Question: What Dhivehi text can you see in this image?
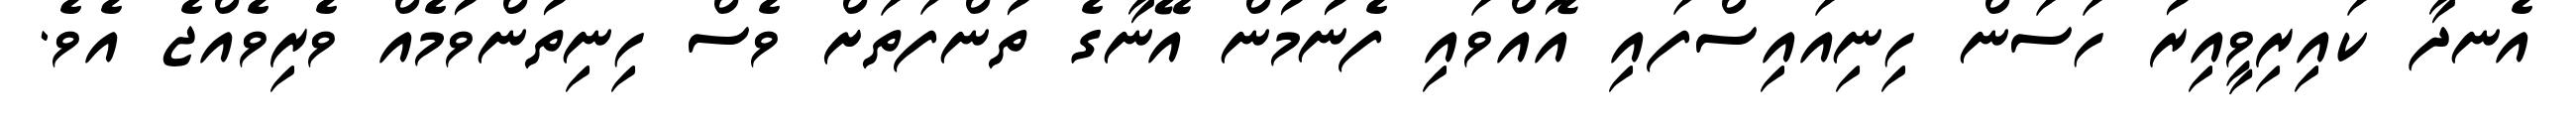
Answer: އެނދާ ކައިރިވީއިރު ހަސަން ހިނިއައިސްފައި އޮއްވައި ފެނުމުން އޭނާގެ ތުންފަތަށް ވެސް ހިނިތުންވުމެއް ވެރިވެއްޖެ އެވެ.